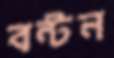
বন্টন